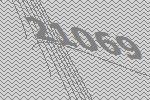
21069